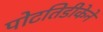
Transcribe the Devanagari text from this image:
पोटतिडीकेने